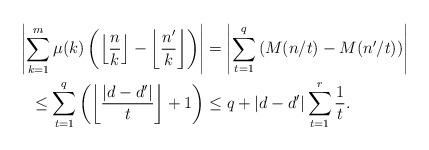
LaTeX: \begin{align*}\left|\sum_{k=1}^m \mu(k) \left(\left\lfloor \frac{n}{k} \right\rfloor - \left\lfloor \frac{n'}{k} \right\rfloor\right)\right| &= \left|\sum_{t=1}^q \left( M(n/t) - M(n'/t) \right)\right|\\\leq \sum_{t=1}^q \left( \left\lfloor \frac{|d-d'|}{t} \right\rfloor +1 \right) &\leq q + |d-d'| \sum_{t=1}^r \frac{1}{t}.\end{align*}